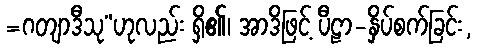
=ဂတျာဒီသု”ဟုလည်း ရှိ၏၊ အာဒိဖြင့် ပီဠာ-နှိပ်စက်ခြင်း,